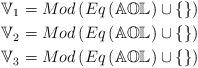
LaTeX: \begin{align*}\mathbb{V}_{1} & =Mod\left( Eq\left( \mathbb{AOL}\right) \cup\left\{\right\} \right) \\\mathbb{V}_{2} & =Mod\left( Eq\left( \mathbb{AOL}\right) \cup\left\{\right\} \right) \\\mathbb{V}_{3} & =Mod\left( Eq\left( \mathbb{AOL}\right) \cup\left\{\right\} \right) \end{align*}